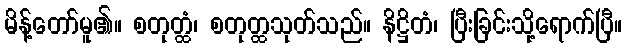
မိန့်တော်မူ၏။ စတုတ္ထံ၊ စတုတ္ထသုတ်သည်။ နိဋ္ဌိတံ၊ ပြီးခြင်းသို့ရောက်ပြီ။